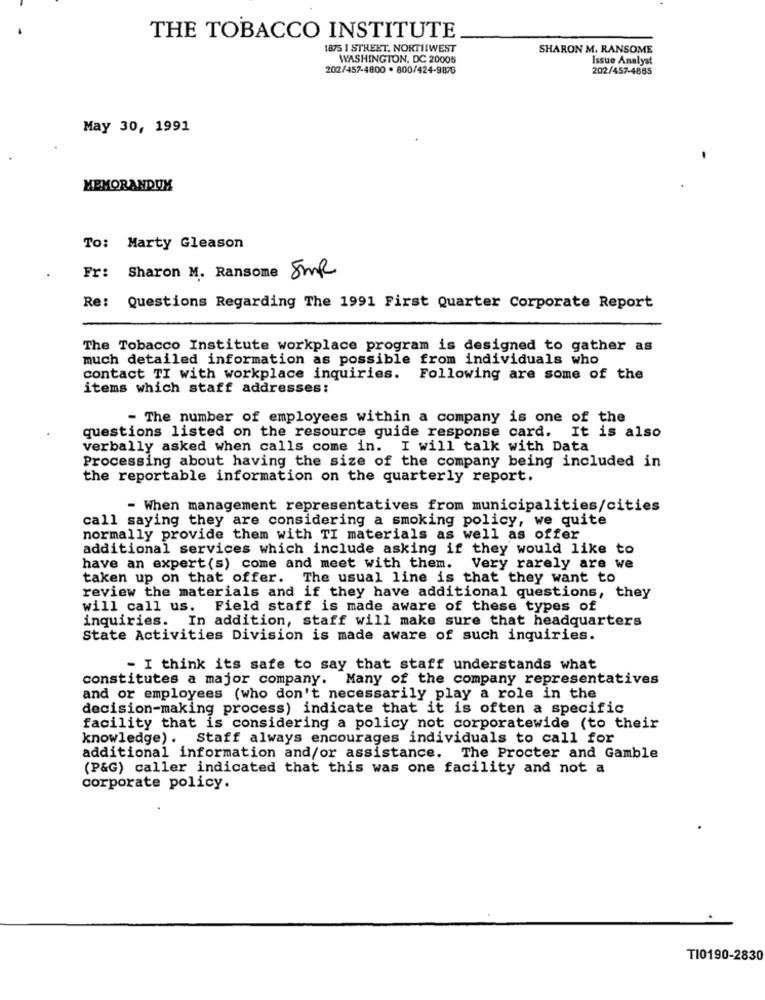
THE TOBACCO INSTITUTE
1875 I STREET, NORTHWEST
SHARON M. RANSOME
WASHINGTON, DC 20005
Issue Analyst
202/457-4800 . 800/424-9876
202/457-4865
May 30, 1991
MEMORANDUM
To: Marty Gleason
Fr: Sharon M. Ransome SMR
Re:
Questions Regarding The 1991 First Quarter Corporate Report
The Tobacco Institute workplace program is designed to gather as
much detailed information as possible from individuals who
contact TI with workplace inquiries. Following are some of the
items which staff addresses:
- The number of employees within a company is one of the
questions listed on the resource guide response card. It is also
verbally asked when calls come in. I will talk with Data
Processing about having the size of the company being included in
the reportable information on the quarterly report.
- When management representatives from municipalities/cities
call saying they are considering a smoking policy, we quite
normally provide them with TI materials as well as offer
additional services which include asking if they would like to
have an expert(s) come and meet with them. Very rarely are we
taken up on that offer. The usual line is that they want to
review the materials and if they have additional questions, they
will call us. Field staff is made aware of these types of
inquiries. In addition, staff will make sure that headquarters
State Activities Division is made aware of such inquiries.
- I think its safe to say that staff understands what
constitutes a major company. Many of the company representatives
and or employees (who don't necessarily play a role in the
decision-making process) indicate that it is often a specific
facility that is considering a policy not corporatewide (to their
knowledge). Staff always encourages individuals to call for
additional information and/or assistance. The Procter and Gamble
(P&G) caller indicated that this was one facility and not a
corporate policy.
TI0190-2830